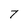
Character: 7